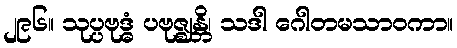
၂၉၆။ သုပ္ပဗုဒ္ဓံ ပဗုဇ္ဈန္တိ၊ သဒါ ဂေါတမသာဝကာ။